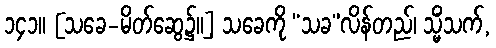
၁၄၁။ [သခေ-မိတ်ဆွေ၌။] သခေကို “သခ”လိန်တည်၊ သ္မိံသက်,